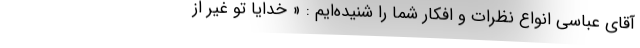
آقای عباسی انواع نظرات و افکار شما را شنیده‌ایم : « خدایا تو غیر از